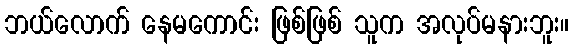
ဘယ်လောက် နေမကောင်း ဖြစ်ဖြစ် သူက အလုပ်မနားဘူး။